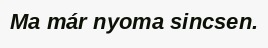
Ma már nyoma sincsen.